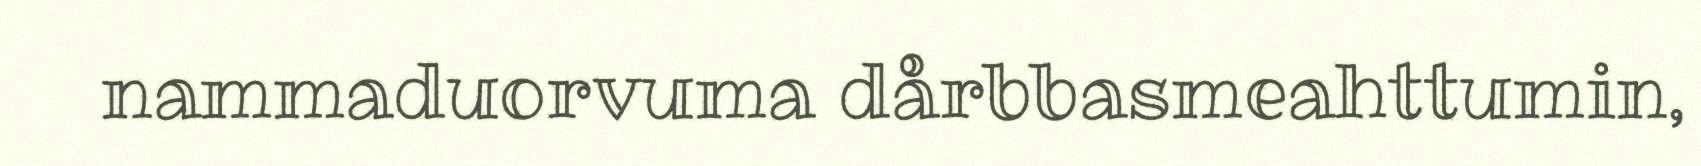
nammaduorvuma dårbbasmeahttumin,